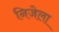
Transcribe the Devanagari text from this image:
निजेला